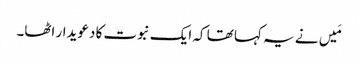
مَیں نے یہ کہا تھا کہ ایک نبوت کا دعویدار اٹھا۔